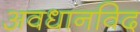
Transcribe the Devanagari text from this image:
अवधानविद